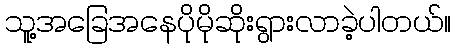
သူ့အခြေအနေပိုမိုဆိုးရွားလာခဲ့ပါတယ်။